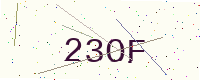
Text: 23OF